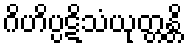
ဂိဟိပ္ပဋိသံယုတ္တန္တိ